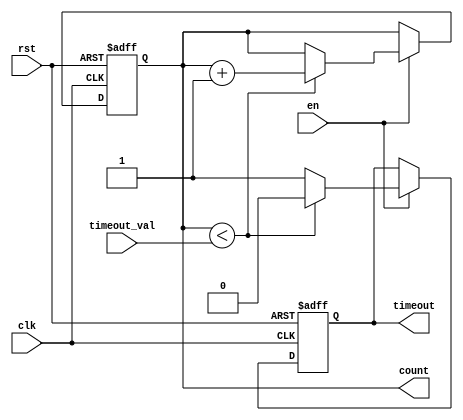
module timeout_counter (
    input wire clk,               // Clock signal
    input wire rst,               // Asynchronous reset
    input wire en,                // Enable signal
    input wire [15:0] timeout_val, // Configurable time-out value
    output reg timeout,           // Time-out signal
    output reg [15:0] count       // Current counter value
);

    // Asynchronous reset and counter logic
    always @(posedge clk or posedge rst) begin
        if (rst) begin
            count <= 16'b0;        // Reset counter to zero
            timeout <= 1'b0;       // Deassert time-out signal
        end else if (en) begin
            if (count < timeout_val) begin
                count <= count + 1; // Increment counter
                timeout <= 1'b0;     // Deassert time-out signal
            end else begin
                timeout <= 1'b1;     // Assert time-out signal
            end
        end
    end

endmodule